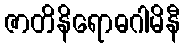
ဇာတိနိရောဓဂါမိနီ